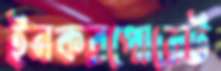
ইনকরপোরেট